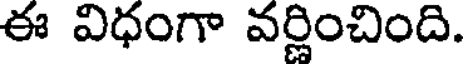
ఈ విధంగా వర్ణించింది.